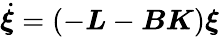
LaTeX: \dot{\boldsymbol{\xi}}=(-\boldsymbol{L}-\boldsymbol{B}\boldsymbol{K})\boldsymbol{\xi}